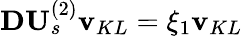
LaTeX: \mathbf{D}\mathbf{U}_{s}^{(2)}\mathbf{v}_{KL}=\xi_{1}\mathbf{v}_{KL}